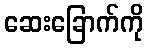
ဆေးခြောက်ကို